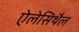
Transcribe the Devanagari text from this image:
ऐलेसिथैल